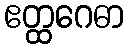
ဧတ္ထဂေဓာ